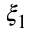
\xi _ { 1 }